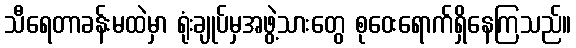
သီရေတာခန်းမထဲမှာ ရုံးချုပ်မှအဖွဲ့သားတွေ စုဝေးရောက်ရှိနေကြသည်။